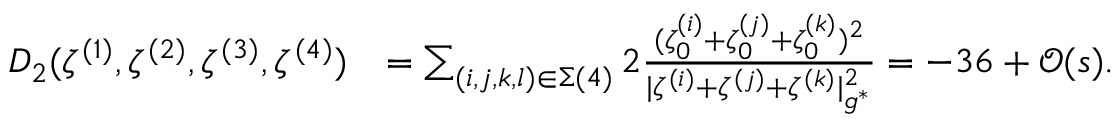
\begin{array} { r l } { D _ { 2 } ( \zeta ^ { ( 1 ) } , \zeta ^ { ( 2 ) } , \zeta ^ { ( 3 ) } , \zeta ^ { ( 4 ) } ) } & { = \sum _ { ( i , j , k , l ) \in \Sigma ( 4 ) } 2 \frac { ( \zeta _ { 0 } ^ { ( i ) } + \zeta _ { 0 } ^ { ( j ) } + \zeta _ { 0 } ^ { ( k ) } ) ^ { 2 } } { | { \zeta ^ { ( i ) } } + { \zeta ^ { ( j ) } } + { \zeta ^ { ( k ) } } | _ { g ^ { * } } ^ { 2 } } = - 3 6 + \mathcal { O } ( { s } ) . } \end{array}